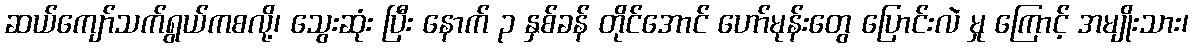
ဆယ်ကျော်သက်ရွယ်ကစလို့၊ သွေးဆုံး ပြီး နောက် ၃ နှစ်ခန် တိုင်အောင် ဟော်မုန်းတွေ ပြောင်းလဲ မှု ကြောင့် အမျိုးသား၊